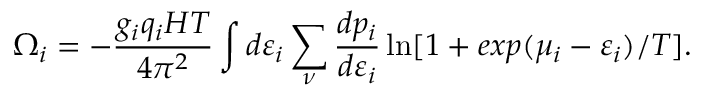
\Omega _ { i } = - \frac { g _ { i } q _ { i } H T } { 4 \pi ^ { 2 } } \int d \varepsilon _ { i } \sum _ { \nu } \frac { d p _ { i } } { d \varepsilon _ { i } } \ln [ 1 + e x p ( \mu _ { i } - \varepsilon _ { i } ) / T ] .